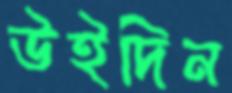
উইদিন